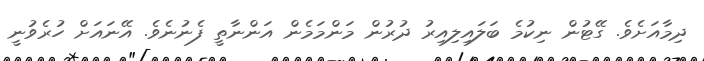
ދިމާއަށެވެ. ގޭޓުން ނިކުމެ ބަލައިލިއިރު ދުރުން މަންމަމެން އަންނާތީ ފެނުނެވެ. އޭނައަށް ހުރެވުނީ